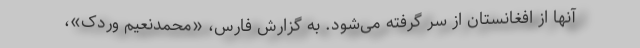
آنها از افغانستان از سر گرفته می‌شود. به گزارش فارس، «محمدنعیم وردک»،